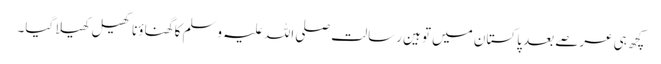
کچھ ہی عرصے بعد پاکستان میں توہین رسالت صلی اللہ علیہ وسلم کا گھناؤنا کھیل کھیلا گیا۔